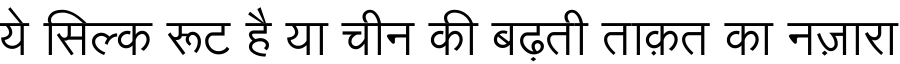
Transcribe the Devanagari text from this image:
ये सिल्क रूट है या चीन की बढ़ती ताक़त का नज़ारा